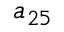
a _ { 2 5 }